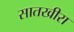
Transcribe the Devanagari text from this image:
सातखीरा